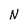
Character: N